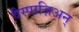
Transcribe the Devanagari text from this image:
वैस्पाज़िअन्